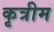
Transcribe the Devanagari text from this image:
कृत्रीम